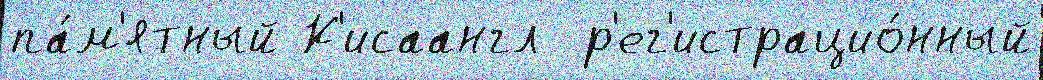
па́м'ятный К'исаангл  р'ег'истрацио́нный